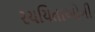
રચયિતાઓની